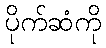
ပိုက်ဆံကို